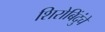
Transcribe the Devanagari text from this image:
शिरोबिंदुंचे